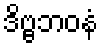
ဒိဗ္ဗဘဝနံ